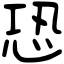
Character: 恐